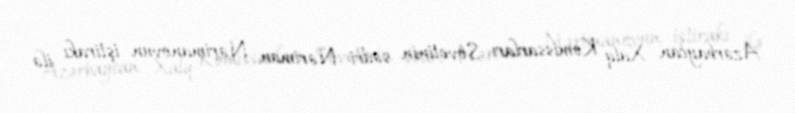
Azərbaycan Xalq Komissarları Sovetinin sədri Nəriman Nərimanovun iştirakı ilə